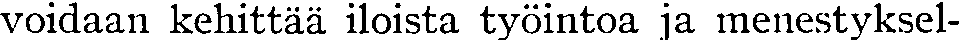
voidaan kehittää iloista työintoa ja menestyksel-